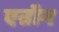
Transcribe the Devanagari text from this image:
एन्रॉन